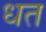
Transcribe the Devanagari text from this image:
धत